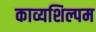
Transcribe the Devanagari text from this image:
काव्यशिल्पम